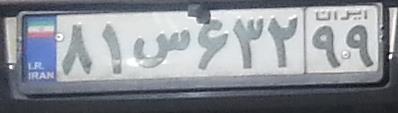
۸۱س۶۳۲۹۹